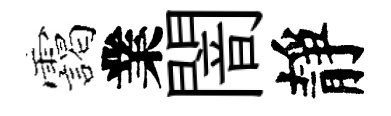
靄業闇靜